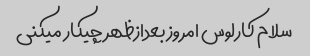
سلام کارلوس امروز بعدازظهر چیکار میکنی